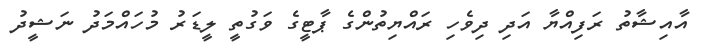
އާއިޝާތު ރަފިއްޔާ އަދި ދިވެހި ރައްޔިތުންގެ ޕާޓީގެ ވަގުތީ ލީޑަރު މުހައްމަދު ނަޝީދު